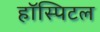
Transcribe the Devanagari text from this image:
हॉस्पिटल